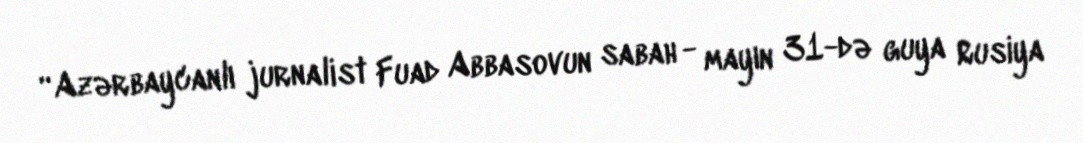
“Azərbaycanlı jurnalist Fuad Abbasovun sabah - mayın 31-də guya Rusiya